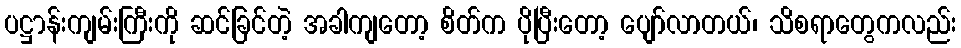
ပဋ္ဌာန်းကျမ်းကြီးကို ဆင်ခြင်တဲ့ အခါကျတော့ စိတ်က ပိုပြီးတော့ ပျော်လာတယ်၊ သိစရာတွေကလည်း